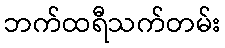
ဘက်ထရီသက်တမ်း